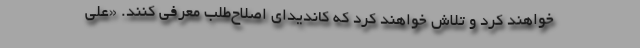
خواهند کرد و تلاش خواهند کرد که کاندیدای اصلاح‌طلب معرفی کنند. «علی